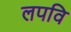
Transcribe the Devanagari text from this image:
लपवि